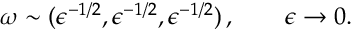
\boldsymbol { \omega } \sim ( \epsilon ^ { - 1 / 2 } , \epsilon ^ { - 1 / 2 } , \epsilon ^ { - 1 / 2 } ) \, , \qquad \epsilon \to 0 .